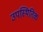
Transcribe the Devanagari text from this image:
उपस्थितिक